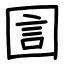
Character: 圁